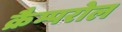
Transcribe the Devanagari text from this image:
क्रैम्परोल